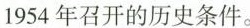
1954年召开的历史条件。